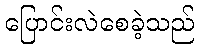
ပြောင်းလဲစေခဲ့သည်